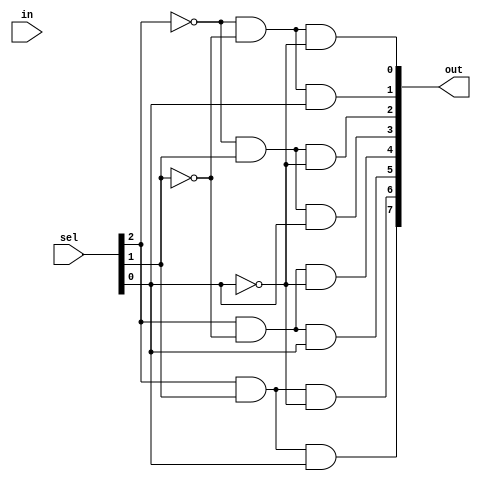
module Dmux8Way(output [7:0] out, input [2:0] sel, input in);
//declaring temps
wire not_sel2;
wire not_sel1;
wire not_sel0;
not(not_sel2,sel[2]);
not(not_sel1,sel[1]);
not(not_sel0,sel[0]);
and(out[7],sel[2],sel[1],sel[0]);
and(out[6],sel[2],sel[1],not_sel0);
and(out[5],sel[2],not_sel1,sel[0]);
and(out[4],sel[2],not_sel1,not_sel0);
and(out[3],not_sel2,sel[1],sel[0]);
and(out[2],not_sel2,sel[1],not_sel0);
and(out[1],not_sel2,not_sel1,sel[0]);
and(out[0],not_sel2,not_sel1,not_sel0);
endmodule